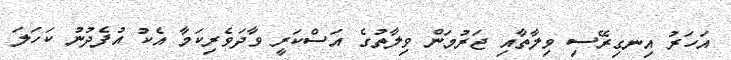
އަހަރު އިނގިރޭސި ވިލާތާއި ޖަރުމަން ވިލާތުގެ އަސްކަރީ ވާދަވެރިކަމާ އެކު އުފެދުނު ކަހަލަ